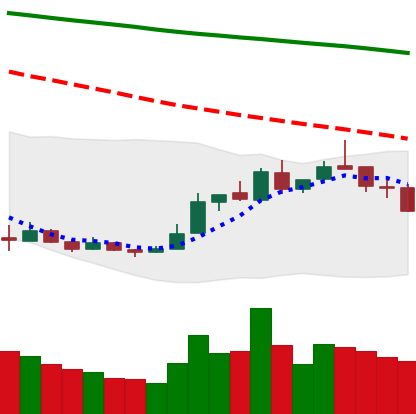
Ticker: LTC-USD
Chart end date: 2018-12-27
Forward return: 13.025%
Label: up_7plus